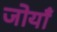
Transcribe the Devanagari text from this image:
जोयाँ